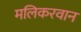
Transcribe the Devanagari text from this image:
मलिकरवान